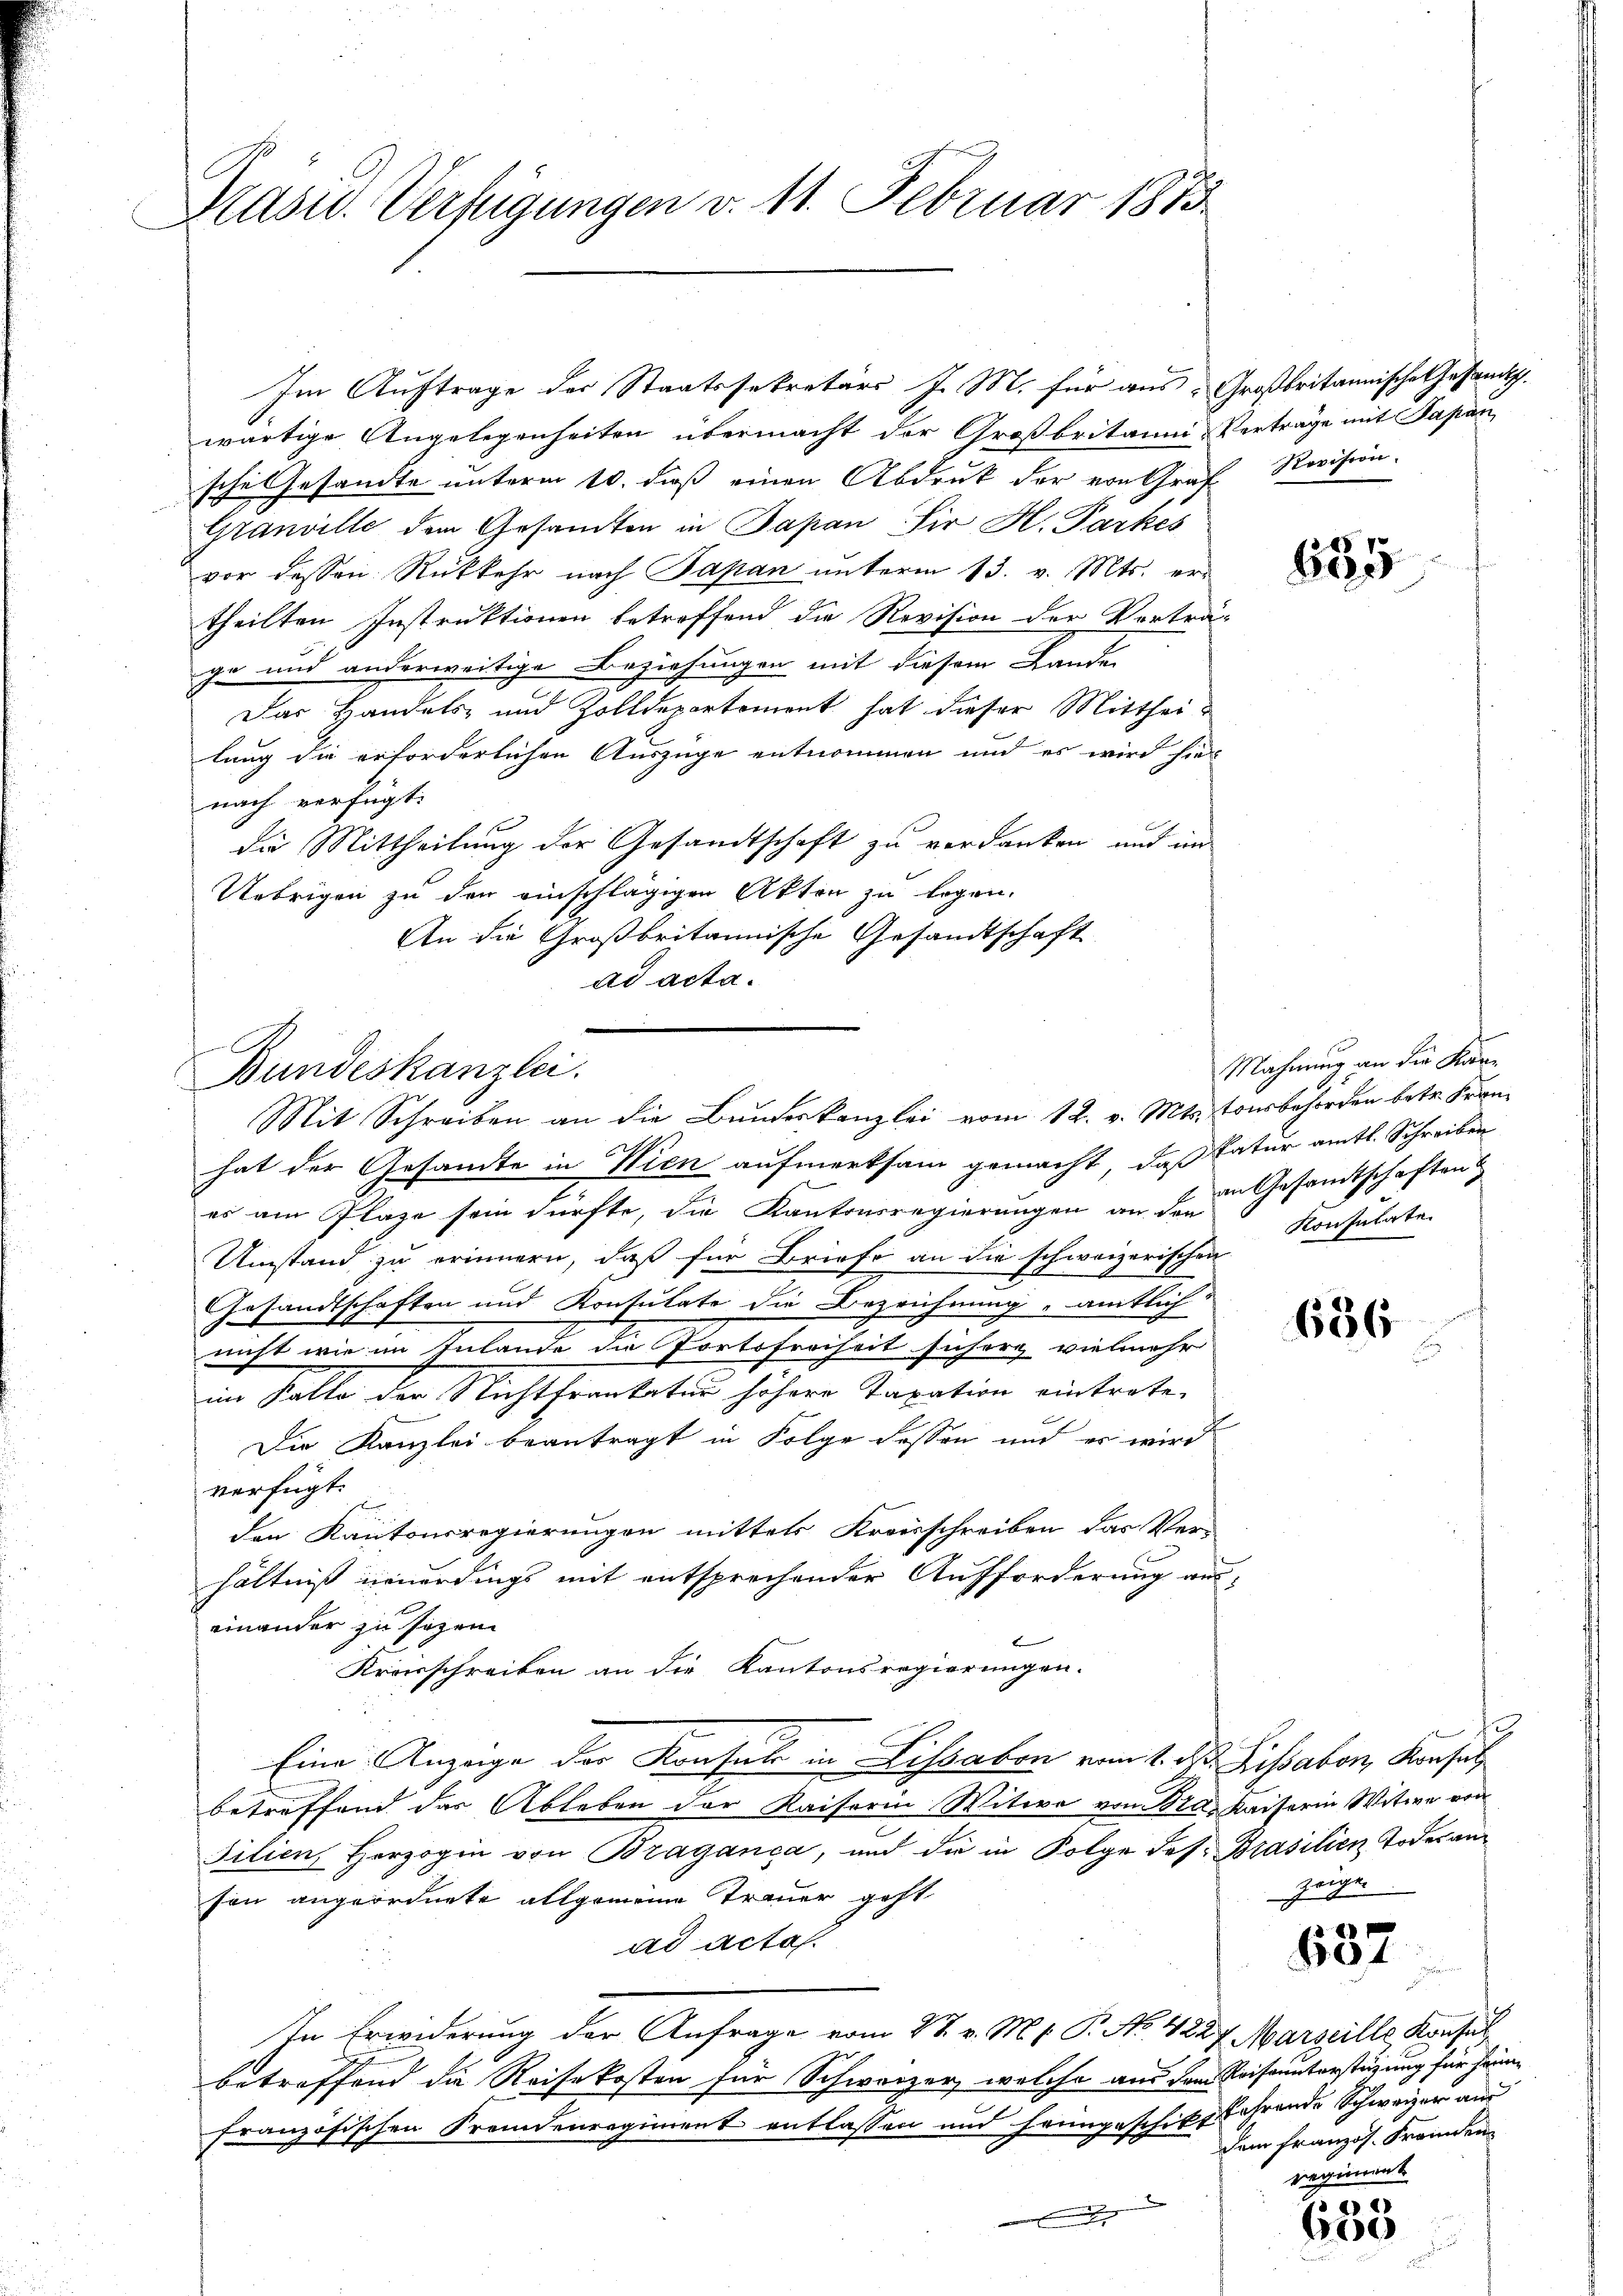
Präsid. Verfügungen v. 11. Februar 1873.

Im Auftrage der Staatssekretärs J. M. für aus Großbritannische Gesandtsch.
wärtige Angelegenheiten übermacht der Großbritanni-Verträge mit Papan
sche Gesandte unterm 10. daß einen Abdruk der von Graf Revision.
Granville dem Gesandten in Papan Sir H. Parkes
vor dessen Rückkehr nach Papan unterm 13. v. Mts. er-
theilten Instruktionen betreffend die Revision der Verträ-
ge und anderweitige Beziehungen mit diesem Lande
Das Handels- und Zolldepartement hat dieser Mittheilung die erforderlichen Auszüge entnommen und es wird hie
nach verfügt:
die Mittheilung der Gesandtschaft zu verdanken und im
Uebrigen zu den einschlägigen Akten zu legen.
An die Großbritannische Gesandtschaft
ad acta.

f
Bundeskanzlei.
Mit Schreiben an die Bundeskanzlei vom 12. v. Mts. tonsbehörden betr. Fran¬

hat der Gesandte in Wien aufmerksam gemacht, daß datur amtl. Schreiben
er am Plaze sein dürfte, die Kantonsregierungen an den Gesandtschaften
Umstand zu erinnern, daß für Briefe an die schweizerischen
Gesandtschaften und Konsulate die Bezeichnung amtlich
nicht wie im Inlande die Fortsfreiheit sicher vielmehr
im Salle der Nichtfraukatur höhere Taxation eintrete.
Die Kanzlei beantragt in Folge dessen und es wird
verfügt:
den Kantonsregierungen mittels Kreisschreiben das Ver-
hältniß neuerdings mit entsprechender Aufforderung aus-
einander zu sezen.
Kreisschreiben an die Kantonsregierungen.
Eine Anzeige der Konsul in Lissabon vom 1. d. Lissabon, Konsul
betreffend das Ableben der Kaiserin Witwe vom 28. Kaiserin Witwe von
Silien, Herzogin von Braganca, und die in Folge des Brasilien Todesanson angeordnete allgemeine Trauer geht
ad acta.
In Erwiderung der Anfrage vom 27. v. M. t. P. No. 4227. Marseille Konse
betreffend die Reisekosten für Schweizer, welche aus dem Reiseunterstüzung für heim
französischen Fremdenregiment entlassen und heimgeschickt wahrende Schweizer aus
x

685

Mahnung an die Kan¬
Konsulate.

686

zeigen

e
601

dem französ. Fremden
regiment

a)
660